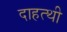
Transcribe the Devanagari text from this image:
दाहत्थी